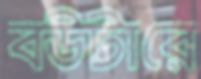
বউটারে